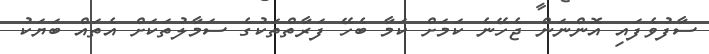
ސާފުވެފައި އޮންނަން ޖެހޭނެ ކަމަށް ކަމާ ބެހޭ ފަރާތްތަކުގެ ސަމާލުތަކަށް އެތައް ބަޔަކު